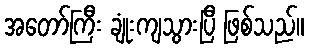
အတော်ကြီး ချုံးကျသွားပြီ ဖြစ်သည်။